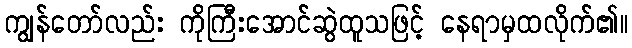
ကျွန်တော်လည်း ကိုကြီးအောင်ဆွဲထူသဖြင့် နေရာမှထလိုက်၏။